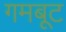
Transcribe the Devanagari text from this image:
गमबूट